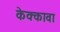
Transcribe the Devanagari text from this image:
केक्कावा